Elephants and their diseases
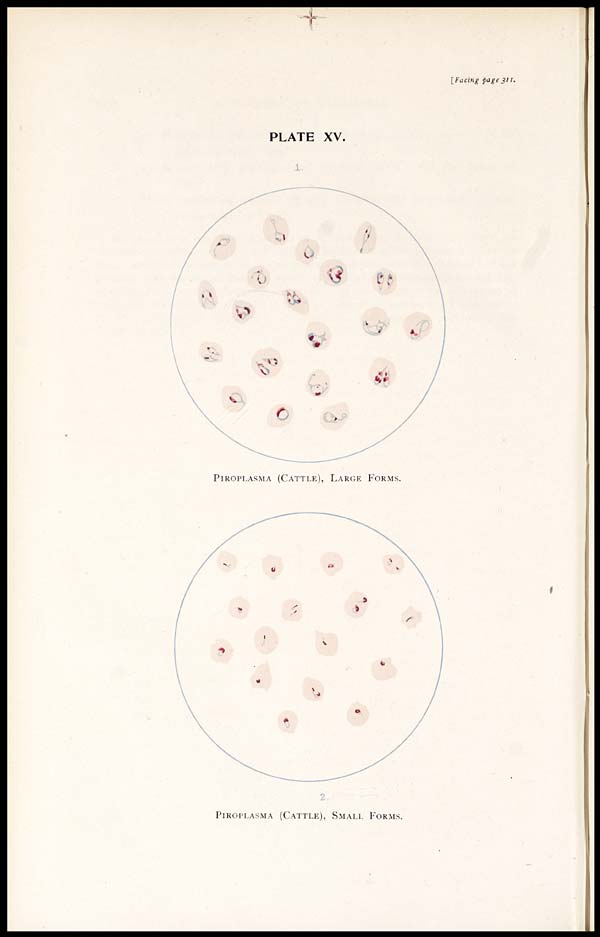
[Facing page 311.
PLATE XV.
1.
PIROPLASMA (CATTLE), LARGE FORMS.
2.
PIROPLASMA (CATTLE), SMALL FORMS.